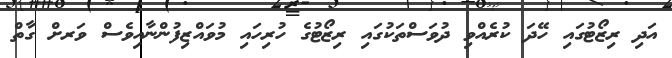
އަދި ރިޒޯޓުގައި ހޭދަ ކުރެއްވި ދުވަސްތަކުގައި ރިޒޯޓުގެ ހުރިހައި މުވައްޒިފުންނާއިވެސް ވަަރށް ގާތް